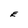
Character: E